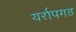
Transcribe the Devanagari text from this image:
यर्रापगड